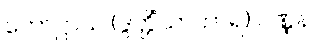
ကောဋ္ဌာသ (ဒွတ္တိံသာတာရ) ဝဏ္ဏနာ။